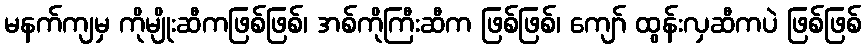
မနက်ကျမှ ကိုမျိုးဆီကဖြစ်ဖြစ်၊ အစ်ကိုကြီးဆီက ဖြစ်ဖြစ်၊ ကျော် ထွန်းလှဆီကပဲ ဖြစ်ဖြစ်